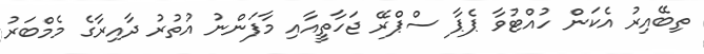
ތިބޭއިރު އެކަން ހުއްޓުވާ ޕެޕާ ސްޕްރޭ ޖަހާތީއާއި މާފަންނު އުތުރު ދާއިރާގެ މެމްބަރު